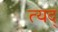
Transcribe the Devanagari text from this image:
त्यद्